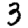
Digit: 3